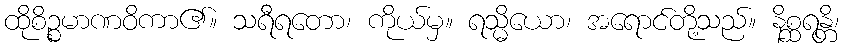
ထိုစိဉ္စမာဏဝိကာ၏။ သရီရတော၊ ကိုယ်မှ။ ရသ္မိယော၊ အရောင်တို့သည်။ နိစ္ဆရန္တိ၊